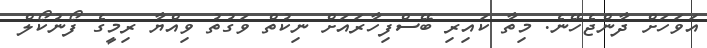
އަވަހަށް ދާންޖެހޭނެ. މިތާ ކައިރި ބޭސްފިހާރައަށް ނިކުތް ވަގުތު ވިއްޔާ ރިމީގެ ފޯނުކޯލް